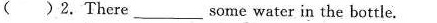
( )2.There__ some water in the bottle.